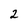
Character: 2